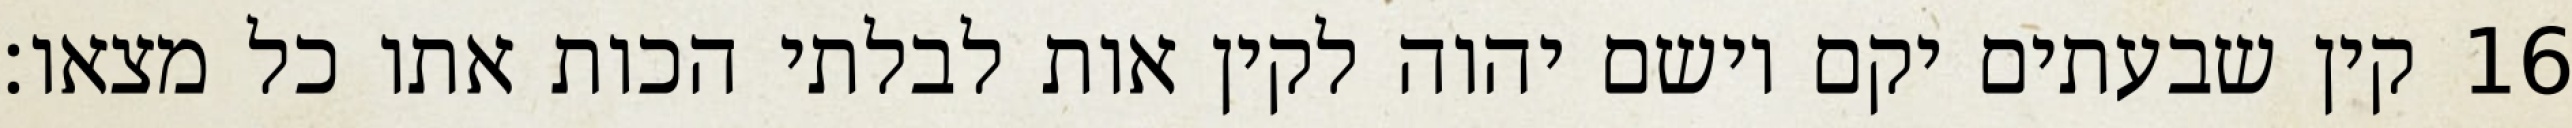
קין שבעתים יקם וישם יהוה לקין אות לבלתי הכות אתו כל מצאו׃ ‎16‏